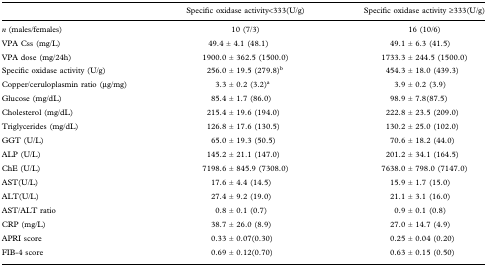
|  | Specific oxidase activity<333(U/g) | Specific oxidase activity ≥333(U/g) |
 | --- | --- | --- |
 | n (males/females) | 10 (7/3) | 16 (10/6) |
 | VPA Css (mg/L) | 49.4 ± 4.1 (48.1) | 49.1 ± 6.3 (41.5) |
 | VPA dose (mg/24h) | 1900.0 ± 362.5 (1500.0) | 1733.3 ± 244.5 (1500.0) |
 | Specific oxidase activity (U/g) | 256.0 ± 19.5 (279.8)b | 454.3 ± 18.0 (439.3) |
 | Copper/ceruloplasmin ratio (μg/mg) | 3.3 ± 0.2 (3.2)a | 3.9 ± 0.2 (3.9) |
 | Glucose (mg/dL) | 85.4 ± 1.7 (86.0) | 98.9 ± 7.8(87.5) |
 | Cholesterol (mg/dL) | 215.4 ± 19.6 (194.0) | 222.8 ± 23.5 (209.0) |
 | Triglycerides (mg/dL) | 126.8 ± 17.6 (130.5) | 130.2 ± 25.0 (102.0) |
 | GGT (U/L) | 65.0 ± 19.3 (50.5) | 70.6 ± 18.2 (44.0) |
 | ALP (U/L) | 145.2 ± 21.1 (147.0) | 201.2 ± 34.1 (164.5) |
 | ChE (U/L) | 7198.6 ± 845.9 (7308.0) | 7638.0 ± 798.0 (7147.0) |
 | AST(U/L) | 17.6 ± 4.4 (14.5) | 15.9 ± 1.7 (15.0) |
 | ALT(U/L) | 27.4 ± 9.2 (19.0) | 21.1 ± 3.1 (16.0) |
 | AST/ALT ratio | 0.8 ± 0.1 (0.7) | 0.9 ± 0.1 (0.8) |
 | CRP (mg/L) | 38.7 ± 26.0 (8.9) | 27.0 ± 14.7 (4.9) |
 | APRI score | 0.33 ± 0.07(0.30) | 0.25 ± 0.04 (0.20) |
 | FIB-4 score | 0.69 ± 0.12(0.70) | 0.63 ± 0.15 (0.50) |